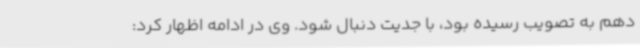
دهم به تصویب رسیده بود، با جدیت دنبال شود. وی در ادامه اظهار کرد: